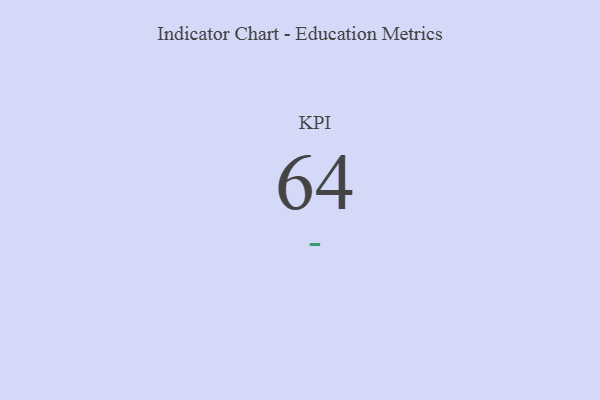
{"axis": {"x": "KPI", "y": "Value"}, "legend": [""], "data": [{"x": "KPI", "y": 64, "type": ""}]}